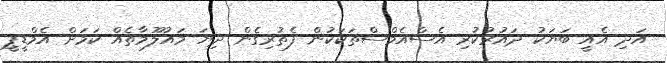
އަދި އެއީ ބަޔަކު ދައުރުކުރި އެސްއެމްސްތަކަކުން ފެތުރިގެން ދިޔަ މައުލޫމާތެއް ކަމަށް އެމްޑީޕީ